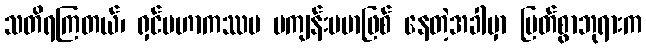
သတိရကြတယ်၊ ရှင်မဟာကဿပ မကျန်းမမာဖြစ် နေတဲ့အခါမှာ မြတ်စွာဘုရားက